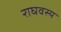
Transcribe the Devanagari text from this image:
राघवस्य